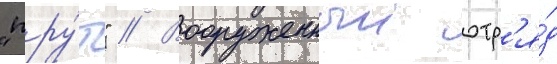
"пру́т" // Вооруженныи отр'я́д